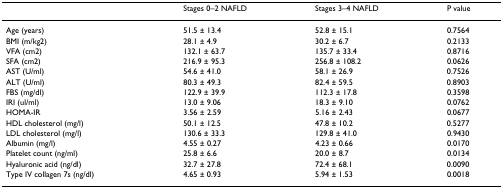
|  | Stages 0–2 NAFLD | Stages 3–4 NAFLD | P value |
 | --- | --- | --- | --- |
 | Age (years) | 51.5 ± 13.4 | 52.8 ± 15.1 | 0.7564 |
 | BMI (m/kg2) | 28.1 ± 4.9 | 30.2 ± 6.7 | 0.2133 |
 | VFA (cm2) | 132.1 ± 63.7 | 135.7 ± 33.4 | 0.8716 |
 | SFA (cm2) | 216.9 ± 95.3 | 256.8 ± 108.2 | 0.0626 |
 | AST (U/ml) | 54.6 ± 41.0 | 58.1 ± 26.9 | 0.7526 |
 | ALT (U/ml) | 80.3 ± 49.3 | 82.4 ± 59.5 | 0.8903 |
 | FBS (mg/dl) | 122.9 ± 39.9 | 112.3 ± 17.8 | 0.3598 |
 | IRI (ul/ml) | 13.0 ± 9.06 | 18.3 ± 9.10 | 0.0762 |
 | HOMA-IR | 3.56 ± 2.59 | 5.16 ± 2.43 | 0.0677 |
 | HDL cholesterol (mg/l) | 50.1 ± 12.5 | 47.8 ± 10.2 | 0.5277 |
 | LDL cholesterol (mg/l) | 130.6 ± 33.3 | 129.8 ± 41.0 | 0.9430 |
 | Albumin (mg/l) | 4.55 ± 0.27 | 4.23 ± 0.66 | 0.0170 |
 | Platelet count (ng/ml) | 25.8 ± 6.6 | 20.0 ± 8.7 | 0.0134 |
 | Hyaluronic acid (ng/dl) | 32.7 ± 27.8 | 72.4 ± 68.1 | 0.0090 |
 | Type IV collagen 7s (ng/dl) | 4.65 ± 0.93 | 5.94 ± 1.53 | 0.0018 |